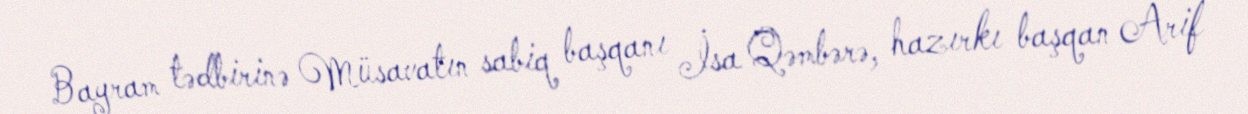
Bayram tədbirinə Müsavatın sabiq başqanı İsa Qəmbərə, hazırkı başqan Arif